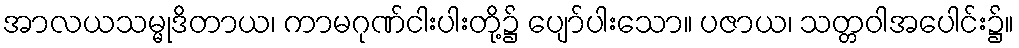
အာလယသမ္မုဒိတာယ၊ ကာမဂုဏ်ငါးပါးတို့၌ ပျော်ပါးသော။ ပဇာယ၊ သတ္တဝါအပေါင်း၌။